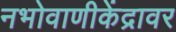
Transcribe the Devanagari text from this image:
नभोवाणीकेंद्रावर